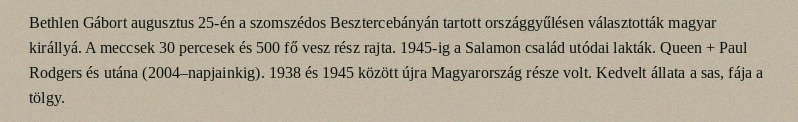
Bethlen Gábort augusztus 25-én a szomszédos Besztercebányán tartott országgyűlésen választották magyar királlyá. A meccsek 30 percesek és 500 fő vesz rész rajta. 1945-ig a Salamon család utódai lakták. Queen + Paul Rodgers és utána (2004–napjainkig). 1938 és 1945 között újra Magyarország része volt. Kedvelt állata a sas, fája a tölgy.